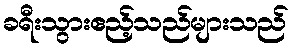
ခရီးသွားဧည့်သည်များသည်